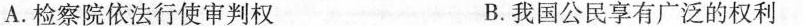
A.检察院依法行使审判权 B.我国公民享有广泛的权利